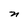
Character: n